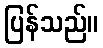
ပြန်သည်။